Scottish Leaving Certificate Examination, 1961
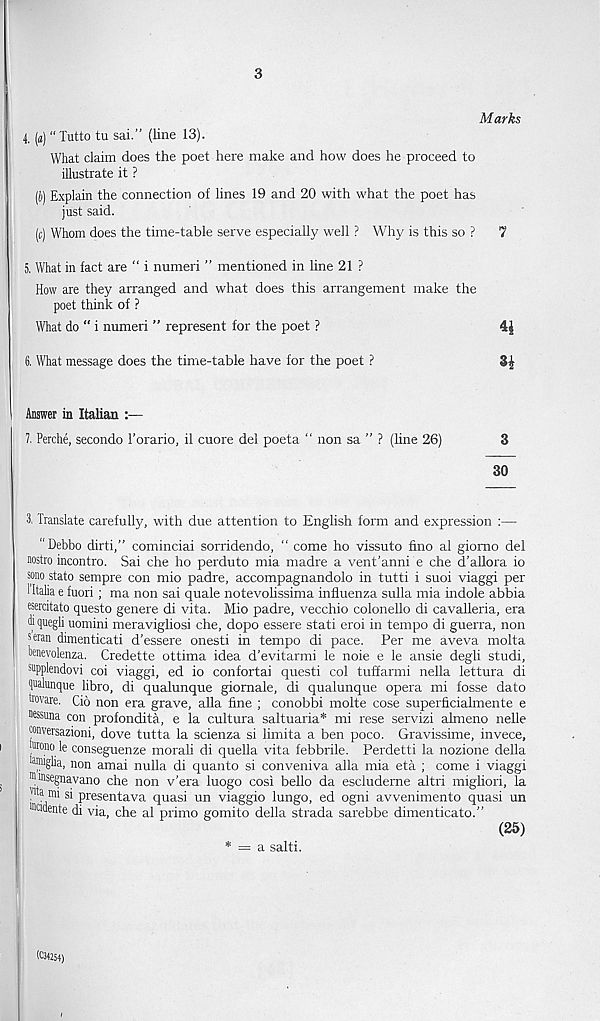
3
Marks
4. (a) “ Tutto tu sai.” (line 13).
What claim does the poet here make and how does he proceed to
illustrate it ?
(!)) Explain the connection of lines 19 and 20 with what the poet has
just said.
(c) Whom does the time-table serve especially well ? Why is this so ?
7
5. What in fact are “ i numeri ” mentioned in line 21 ?
How are they arranged and what does this arrangement make the
poet think of ?
What do “ i numeri ” represent for the poet ?
4|
6. What message does the time-table have for the poet ?
3£
Answer in Italian :—
7. Perche, secondo 1’orario, il cuore del poeta “ non sa ” ? (line 26)
3
30
3, Translate carefully, with due attention to Enghsh form and expression :—
“Debbo dirti,” cominciai sorridendo, “ come ho vissuto fino al giorno del
nostro incontro. Sai che ho perduto mia madre a vent’anni e che d’aHora io
sono state sempre con mio padre, accompagnandolo in tutti i suoi viaggi per
1 Italia e fuori ; ma non sai quale notevolissima influenza sulla mia indole abbia
esercitato questo genere di vita. Mio padre, vecchio colonello di cavalleria, era
d quegli uomini meravigliosi che, dopo essere stati eroi in tempo di guerra, non
seran dimenticati d'essere onesti in tempo di pace. Per me aveva molta
oenevolenza. Credette ottima idea d’evitarmi le noie e le ansie degli studi,
snpplendovi coi viaggi, ed io confortai questi col tuffarmi nella lettura di
qnalunque libro, di qualunque giornale, di qualunque opera mi fosse dato
hovare. Cio non era grave, aHa fine ; conobbi molte cose superficialmente e
n®una con profondita, e la cultura saltuaria* mi rese servizi almeno nelle
conversazioni, dove tutta la scienza si limita a ben poco. Gravissime, invece,
Mono le conseguenze morali di quella vita febbrile. Perdetti la nozione della
^'glia, non amai nulla di quanto si conveniva alia mia eta ; come i viaggi
""nsegnavano che non v'era luogo cosi bello da escluderne altri mighori, la
na mi si presentava quasi un viaggio lungo, ed ogni avvenimento quasi un
Mcidente di via, che al prime gomito della strada sarebbe dimenticato.”
(25)
* = a salti.
(034254)